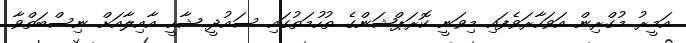
އަމީރު މުގްރިން އަވަހާރަވެފައި މިވަނީ ކޮރަޕްޝަންގެ ތުހުމަތުގައި ސައުދީ ޝާހީ އާއިލާއަށް ނިސްބަތްވާ